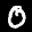
Label: 0